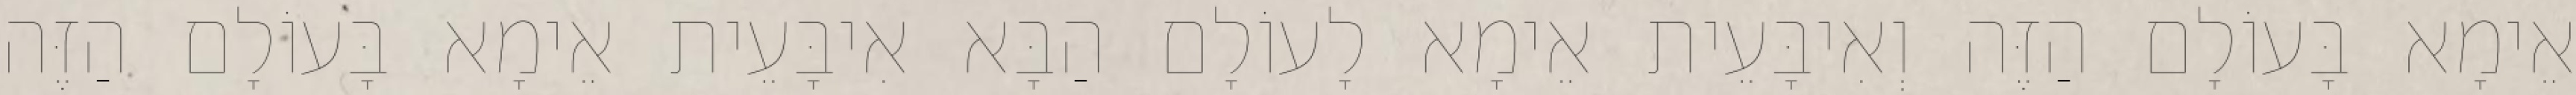
אֵימָא בָּעוֹלָם הַזֶּה וְאִיבָּעֵית אֵימָא לָעוֹלָם הַבָּא אִיבָּעֵית אֵימָא בָּעוֹלָם הַזֶּה